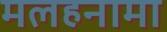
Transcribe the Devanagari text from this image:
मलहनामा